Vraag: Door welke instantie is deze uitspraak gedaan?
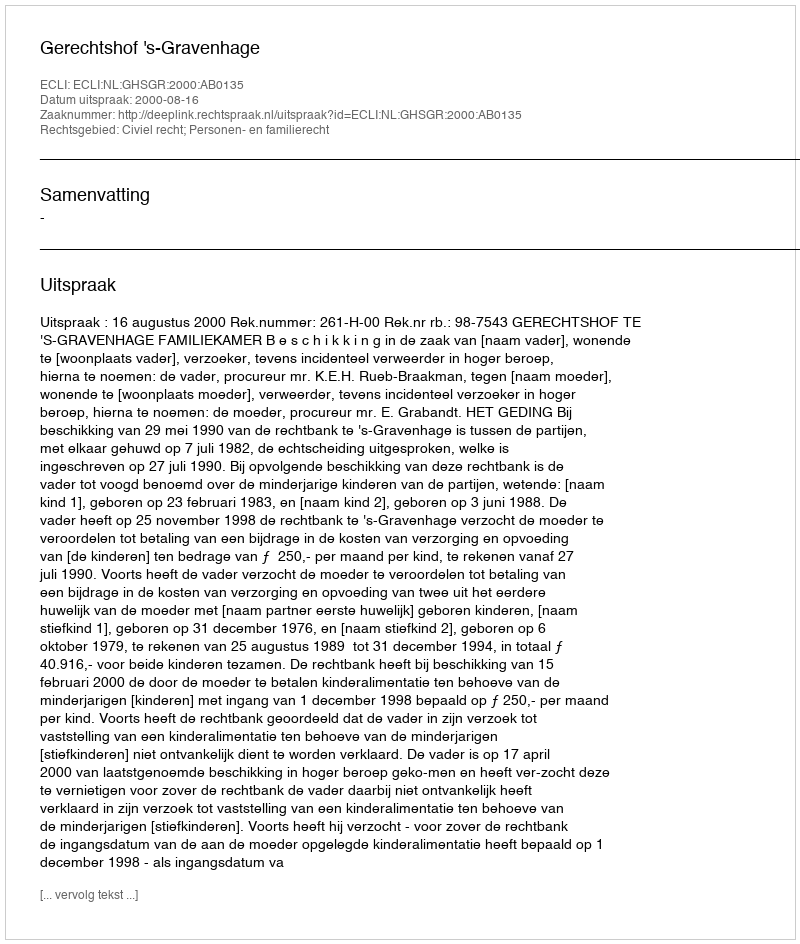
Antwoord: Gerechtshof 's-Gravenhage